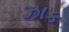
ઝાક